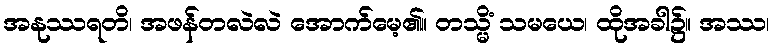
အနုဿရတိ၊ အဖန်တလဲလဲ အောက်မေ့၏။ တသ္မိံ သမယေ၊ ထိုအခါ၌။ အဿ၊